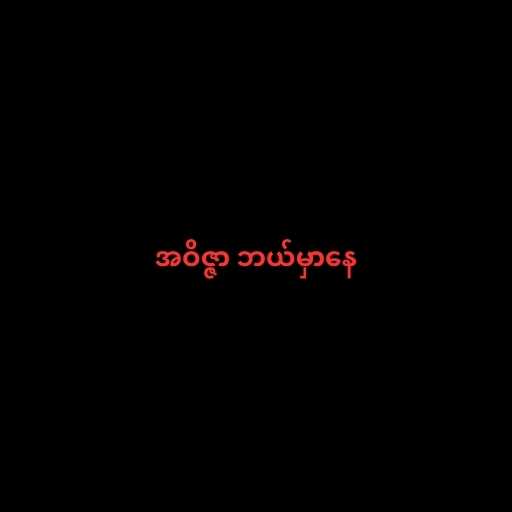
အဝိဇ္ဇာ ဘယ်မှာနေ